Elephants and their diseases
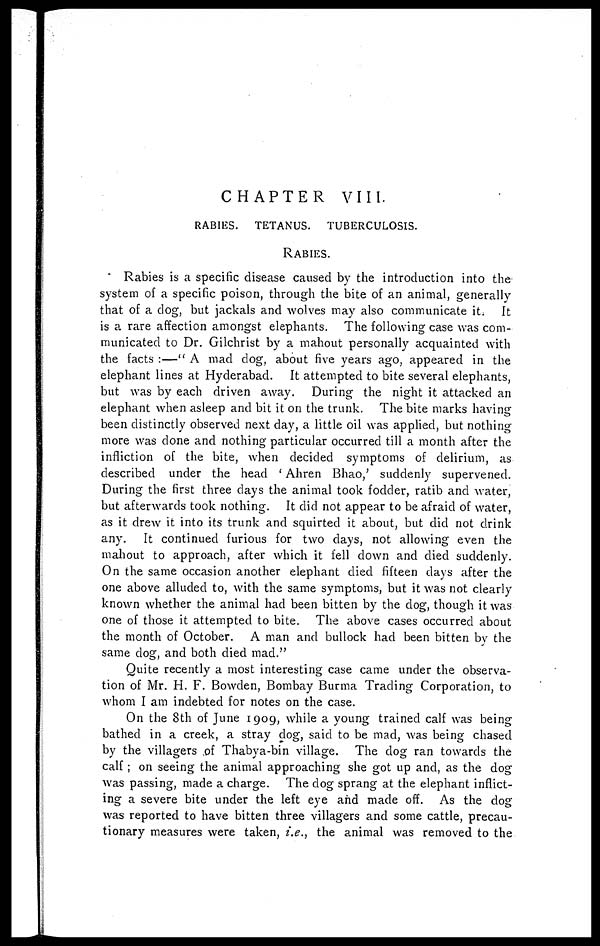
CHAPTER VIII.
RABIES. TETANUS. TUBERCULOSIS.
RABIES.
Rabies is a specific disease caused by the introduction into the
system of a specific poison, through the bite of an animal, generally
that of a clog, but jackals and wolves may also communicate it. It
is a rare affection amongst elephants. The following case was com-
municated to Dr. Gilchrist by a mahout personally acquainted with
the facts :—" A mad dog, about five years ago, appeared in the
elephant lines at Hyderabad. It attempted to bite several elephants,
but was by each driven away. During the night it attacked an
elephant when asleep and bit it on the trunk. The bite marks having
been distinctly observed next day, a little oil was applied, but nothing
more was done and nothing particular occurred till a month after the
infliction of the bite, when decided symptoms of delirium, as
described under the head ' Ahren Bhao,' suddenly supervened.
During the first three days the animal took fodder, ratib and water,
but afterwards took nothing. It did not appear to be afraid of water,
as it drew it into its trunk and squirted it about, but did not drink
any. It continued furious for two days, not allowing even the
mahout to approach, after which it fell down and died suddenly.
On the same occasion another elephant died fifteen days after the
one above alluded to, with the same symptoms, but it was not clearly
known whether the animal had been bitten by the dog, though it was
one of those it attempted to bite. The above cases occurred about
the month of October. A man and bullock had been bitten by the
same dog, and both died mad."
Quite recently a most interesting case came under the observa-
tion of Mr. H. F. Bowden, Bombay Burma Trading Corporation, to
whom I am indebted for notes on the case.
On the 8th of June 1909, while a young trained calf was being
bathed in a creek, a stray dog, said to be mad, was being chased
by the villagers of Thabya-bin village. The dog ran towards the
calf ; on seeing the animal approaching she got up and, as the dog
was passing, made a charge. The dog sprang at the elephant inflict-
ing a severe bite under the left eye and made off. As the dog
was reported to have bitten three villagers and some cattle, precau-
tionary measures were taken, i.e., the animal was removed to the